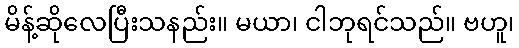
မိန့်ဆိုလေပြီးသနည်း။ မယာ၊ ငါဘုရင်သည်။ ဗဟူ၊